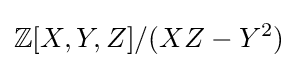
{\mathbb {Z} }[X,Y,Z]/(XZ-Y^{2})